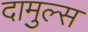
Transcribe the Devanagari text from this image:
दामुल्स